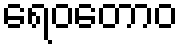
ရေဝတောဝ